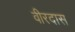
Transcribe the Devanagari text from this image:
वीरदास